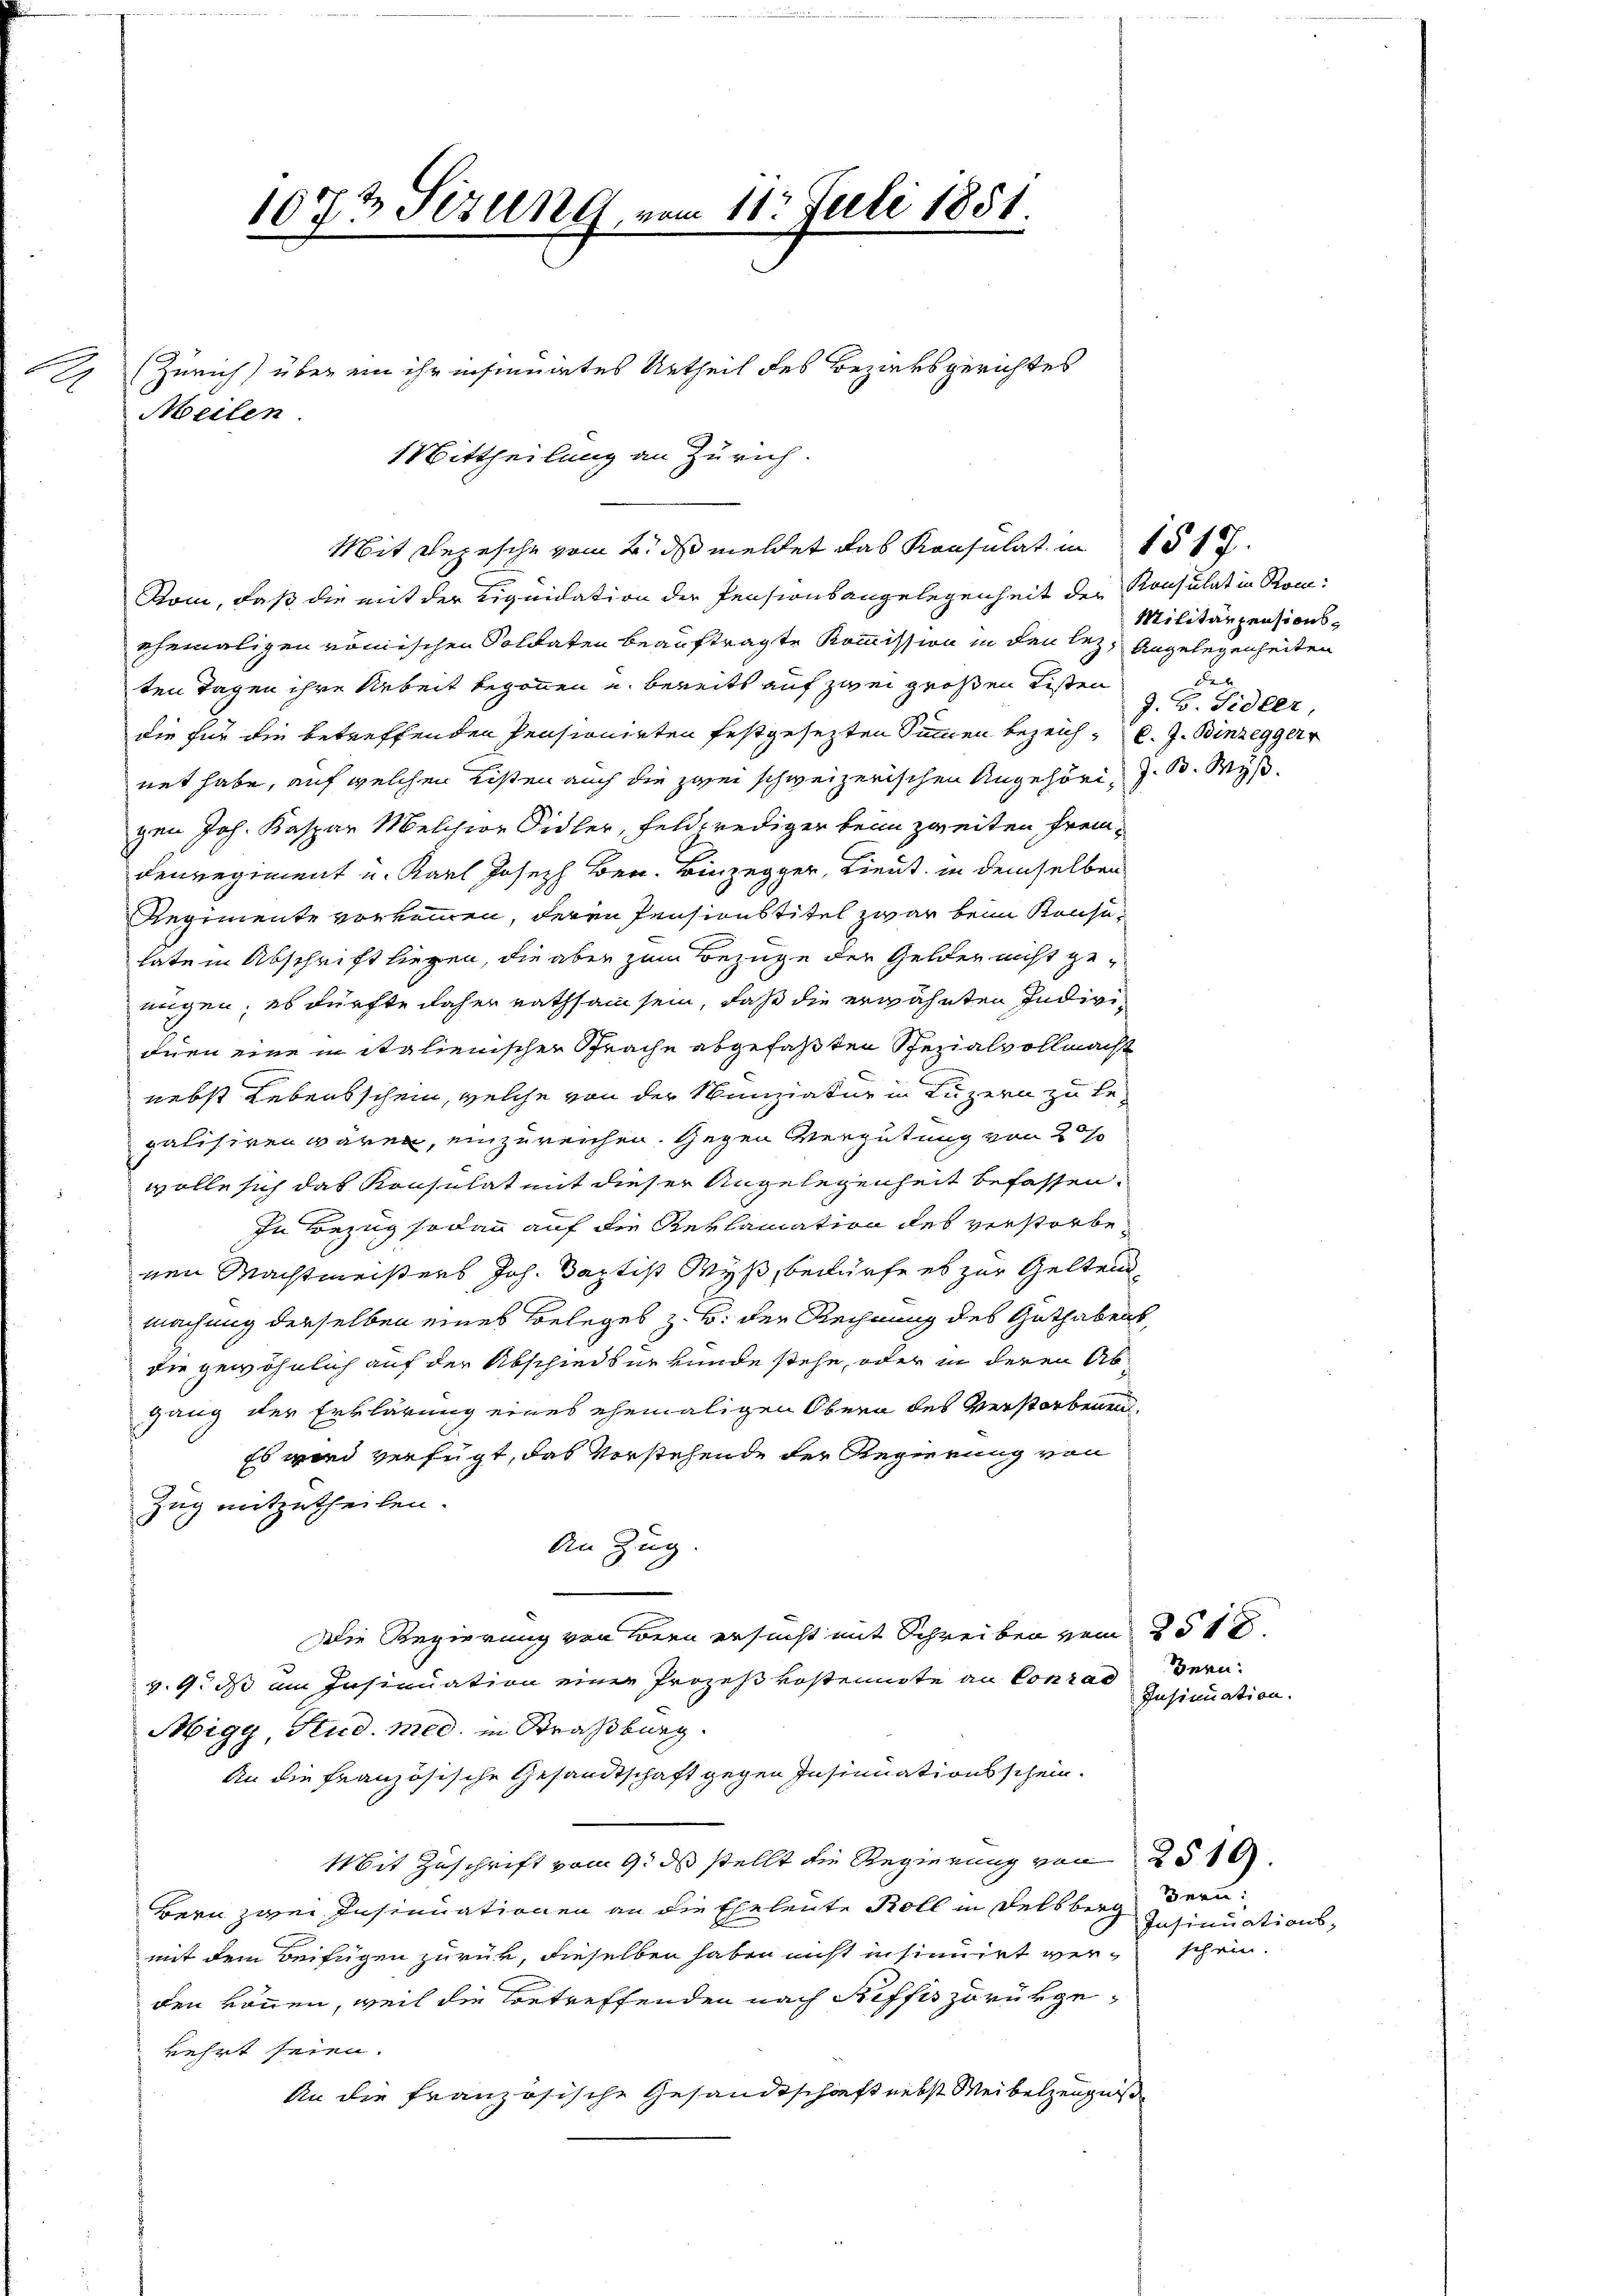
1

Meilen.
Mittheilung an Zürich.

1073 Fezung, vom 11. Juli 1851.

Mit Depesche vom 2. ds meldet das Konsulat in 151.

(Zürich) über ein ihr insinuates Urtheil des Bezirksgerichtes

Rom, daß die mit der Liquidation der Pensionsangelegenheit der Konsulat in Rom-
ehemaligen römischen Soldaten beauftragte Kommission in den lez Angelegenheiten
ten Tagen ihre Arbeit begonnen u. bereits auf zwei großen Listen
die für die betreffenden Pensionirten festgesezten Summen bezeich-C. J. Binzegger
net habe, auf welchen Listen auch die zwei schweizerischen Angehöri J. B. Wys
gen Joh. Kaspar Melchior Sidler, Feldprediger beim zweiten Fremdenregiment u. Karl Joseph Ber. Binzegger, Lieut. in demselben
Regimente vorkommen, deren Pensionstitel zwar beim Konsutate in Abschrift liegen, die aber zum Bezuge der Gelder nicht ge-
nügen; es dürfte daher nathsam sein, daß die erwähnten Individnen eine in italienischen Sprache abgefaßten Spezialvollmacht
nebst Lebensschein, welche von der Munziatur in Luzern zu legalisiren wären, einzureichen. Gegen Vergütung von 20%
wolle sich das Konsulat mit dieser Angelegenheit befassen.
In Bezug sodann auf die Reklamation des verstorbe
nen Machtmeisters Joh. Baptist Wyß, bedürfe es zur Geltend
machung derselben eines Beleges z. B. der Rechnung des Guthabens,
die gewöhnlich auf der Abschiedsurkunde stehe, oder in deren Abgang der Erklärung eines ehemaligen Obern des Verstorbenen
Es wird verfügt, das vorstehende der Regierung von
Zug mitzutheilen.
An Zug
Die Regierung von Bern ersucht mit Schreiben vom 251.
v. 9. ds am Insinuation einer Prozeßkostennote an Conrad dern.
Migg, Stud. med. in Straßburg.
An die französische Gesandtschaft gegen Insinuationsschein.
Mit Zuschrift vom 9. ds stellt die Regierung von 25.
Bern zwei Insinuationen an die Eheleute Roll in Delsberg
mit dem Beifügen zurück, dieselben haben nicht insinuirt wir schein.
den können, weil die Betreffenden nach Riffes zurükgekehrt seien.
An die französische Gesandtschaft nebst Weibelzeugniße

Militärpensionsx
J. B. Sidler,

Insinuation.

Bern:
Insinuations-